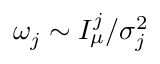
\omega _ { j } \sim I _ { \mu } ^ { j } / \sigma _ { j } ^ { 2 }